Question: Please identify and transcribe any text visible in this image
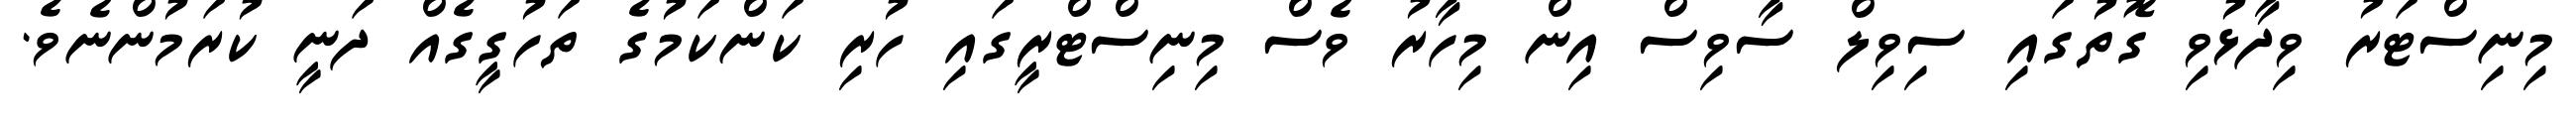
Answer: މިނިސްޓަރު ވިދާޅުވި ގޮތުގައި ސިވިލް ސާވިސް އިން މިހާރު ވެސް މިނިސްޓްރީގައި ހުރި ކަންކަމުގެ ތަހުގީގެއް ދަނީ ކުރަމުންނެވެ.